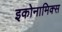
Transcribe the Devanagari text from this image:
इकोनामिक्स